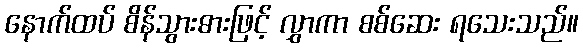
နောက်ထပ် စိန်သွားဓားဖြင့် လွှာကာ စစ်ဆေး ရသေးသည်။